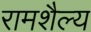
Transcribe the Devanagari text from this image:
रामशैल्य